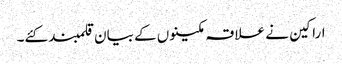
اراکین نے علاقہ مکینوں کے بیان قلمبند کئے۔